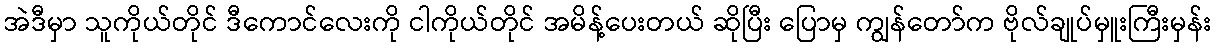
အဲဒီမှာ သူကိုယ်တိုင် ဒီကောင်လေးကို ငါကိုယ်တိုင် အမိန့်ပေးတယ် ဆိုပြီး ပြောမှ ကျွန်တော်က ဗိုလ်ချုပ်မှူးကြီးမှန်း